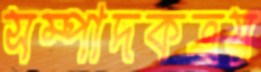
সম্পাদকত্রয়